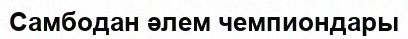
Самбодан әлем чемпиондары